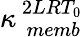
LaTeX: \kappa_{\, \, memb}^{\, 2LRT_{0}}